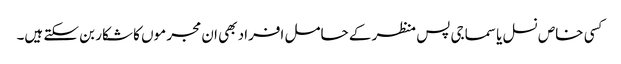
کسی خاص نسل یا سماجی پس منظر کے حامل افراد بھی ان مجر موں کا شکار بن سکتے ہیں۔